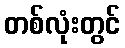
တစ်လုံးတွင်